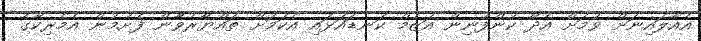
އެއާލައިނަށް ވުމަށް އެދޭ ކުންފުނިން އަޒުމް ކަނޑައަޅައި އެކަމަށް ތައްޔާރުވާން ފެށުމުން އެމެރިކާގެ